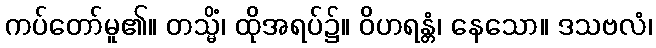
ကပ်တော်မူ၏။ တသ္မိံ၊ ထိုအရပ်၌။ ဝိဟရန္တံ၊ နေသော။ ဒသဗလံ၊